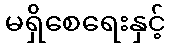
မရှိစေရေးနှင့်